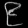
Digit: ၉